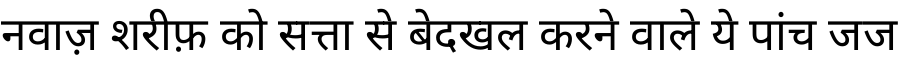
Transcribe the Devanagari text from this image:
नवाज़ शरीफ़ को सत्ता से बेदखल करने वाले ये पांच जज